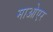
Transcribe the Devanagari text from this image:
माओएर